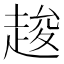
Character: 䞭